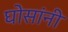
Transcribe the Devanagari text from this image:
घोसांनी